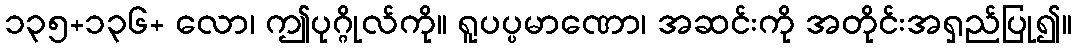
၁၃၅+၁၃၆+ လော၊ ဤပုဂ္ဂိုလ်ကို။ ရူပပ္ပမာဏော၊ အဆင်းကို အတိုင်းအရှည်ပြု၍။